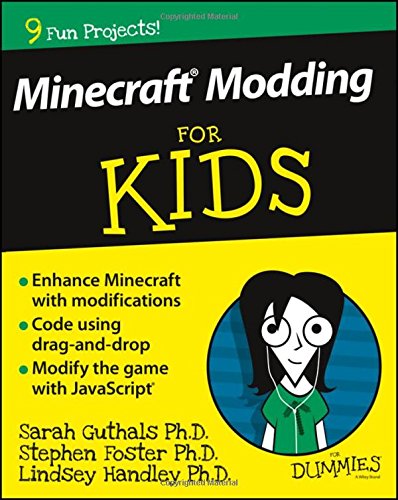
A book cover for Minecraft Modding For Kids For Dummies; Sarah Guthals; Humor & Entertainment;